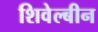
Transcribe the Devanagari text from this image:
शिवेल्बीन